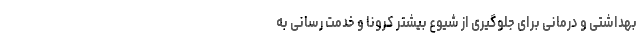
بهداشتی و درمانی برای جلوگیری از شیوع بیشتر کرونا و خدمت رسانی به